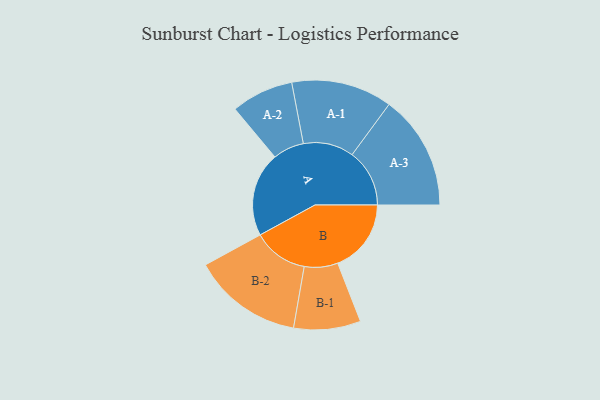
{"axis": {"x": "Segment", "y": "Value"}, "legend": ["", "A", "B"], "data": [{"x": "A", "y": 436, "type": ""}, {"x": "B", "y": 380, "type": ""}, {"x": "A-1", "y": 261, "type": "A"}, {"x": "A-2", "y": 161, "type": "A"}, {"x": "A-3", "y": 297, "type": "A"}, {"x": "B-1", "y": 173, "type": "B"}, {"x": "B-2", "y": 285, "type": "B"}]}